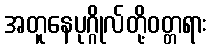
အတူနေပုဂ္ဂိုလ်တို့ဝတ္တရား